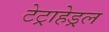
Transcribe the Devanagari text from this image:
टेट्राहेड्रल